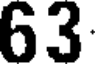
63